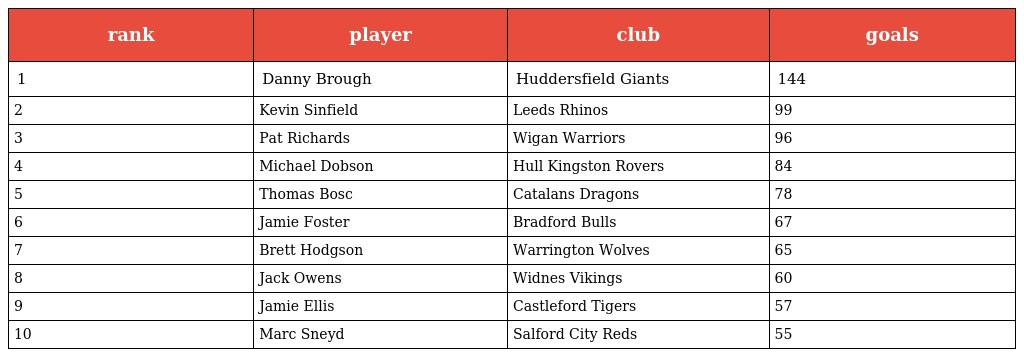
| rank | player | club | goals |
 | --- | --- | --- | --- |
 | 1 | Danny Brough | Huddersfield Giants | 144 |
 | 2 | Kevin Sinfield | Leeds Rhinos | 99 |
 | 3 | Pat Richards | Wigan Warriors | 96 |
 | 4 | Michael Dobson | Hull Kingston Rovers | 84 |
 | 5 | Thomas Bosc | Catalans Dragons | 78 |
 | 6 | Jamie Foster | Bradford Bulls | 67 |
 | 7 | Brett Hodgson | Warrington Wolves | 65 |
 | 8 | Jack Owens | Widnes Vikings | 60 |
 | 9 | Jamie Ellis | Castleford Tigers | 57 |
 | 10 | Marc Sneyd | Salford City Reds | 55 |